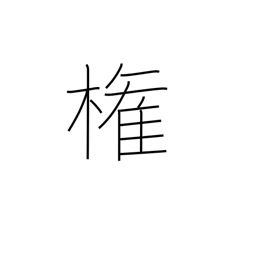
Meaning: authority